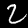
Digit: 2